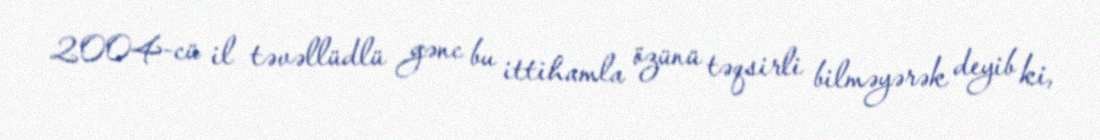
2004-cü il təvəllüdlü gənc bu ittihamla özünü təqsirli bilməyərək deyib ki,